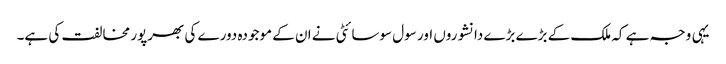
یہی وجہ ہے کہ ملک کے بڑے بڑے دانشوروں اور سول سوسائٹی نے ان کے موجودہ دورے کی بھرپور مخالفت کی ہے۔